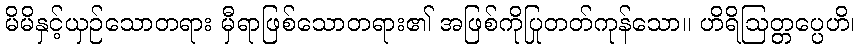
မိမိနှင့်ယှဉ်သောတရား မှီရာဖြစ်သောတရား၏ အဖြစ်ကိုပြုတတ်ကုန်သော။ ဟိရိဩတ္တပ္ပေဟိ၊